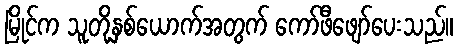
မြိုင်က သူတို့နှစ်ယောက်အတွက် ကော်ဖီဖျော်ပေးသည်။